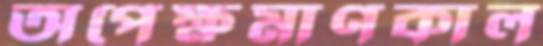
অপেক্ষমাণকাল